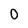
Character: 0